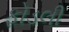
ફોડલી